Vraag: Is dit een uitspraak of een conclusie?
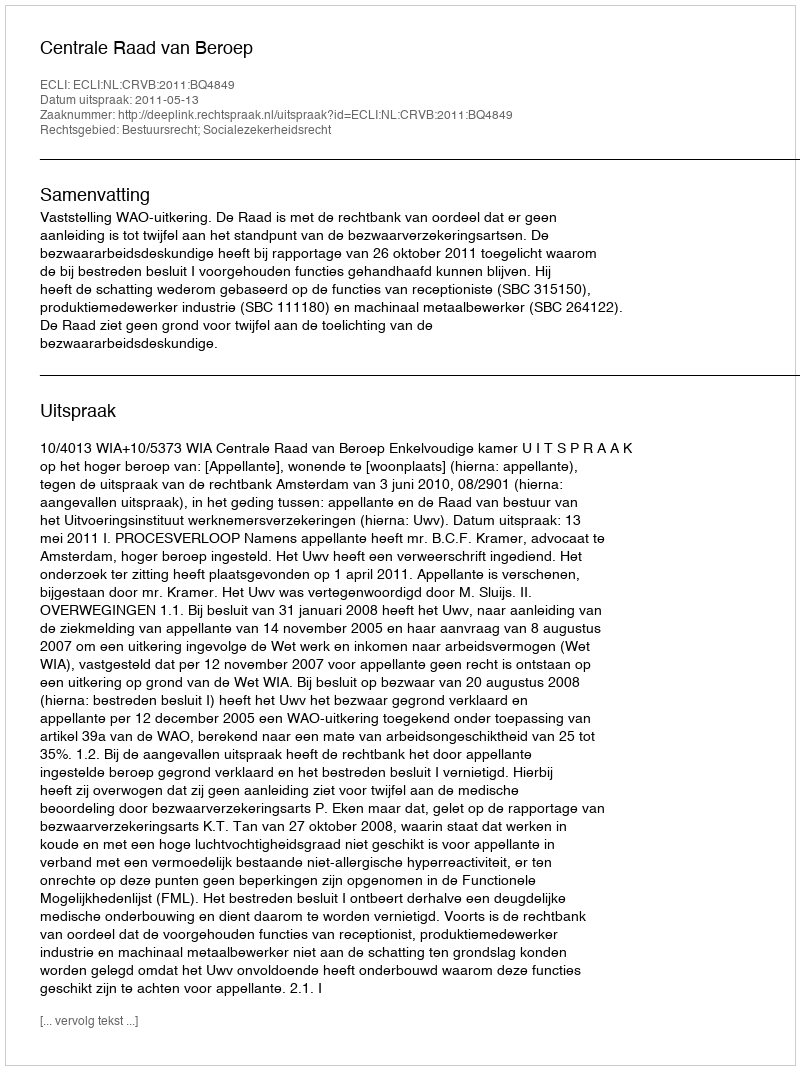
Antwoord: Uitspraak